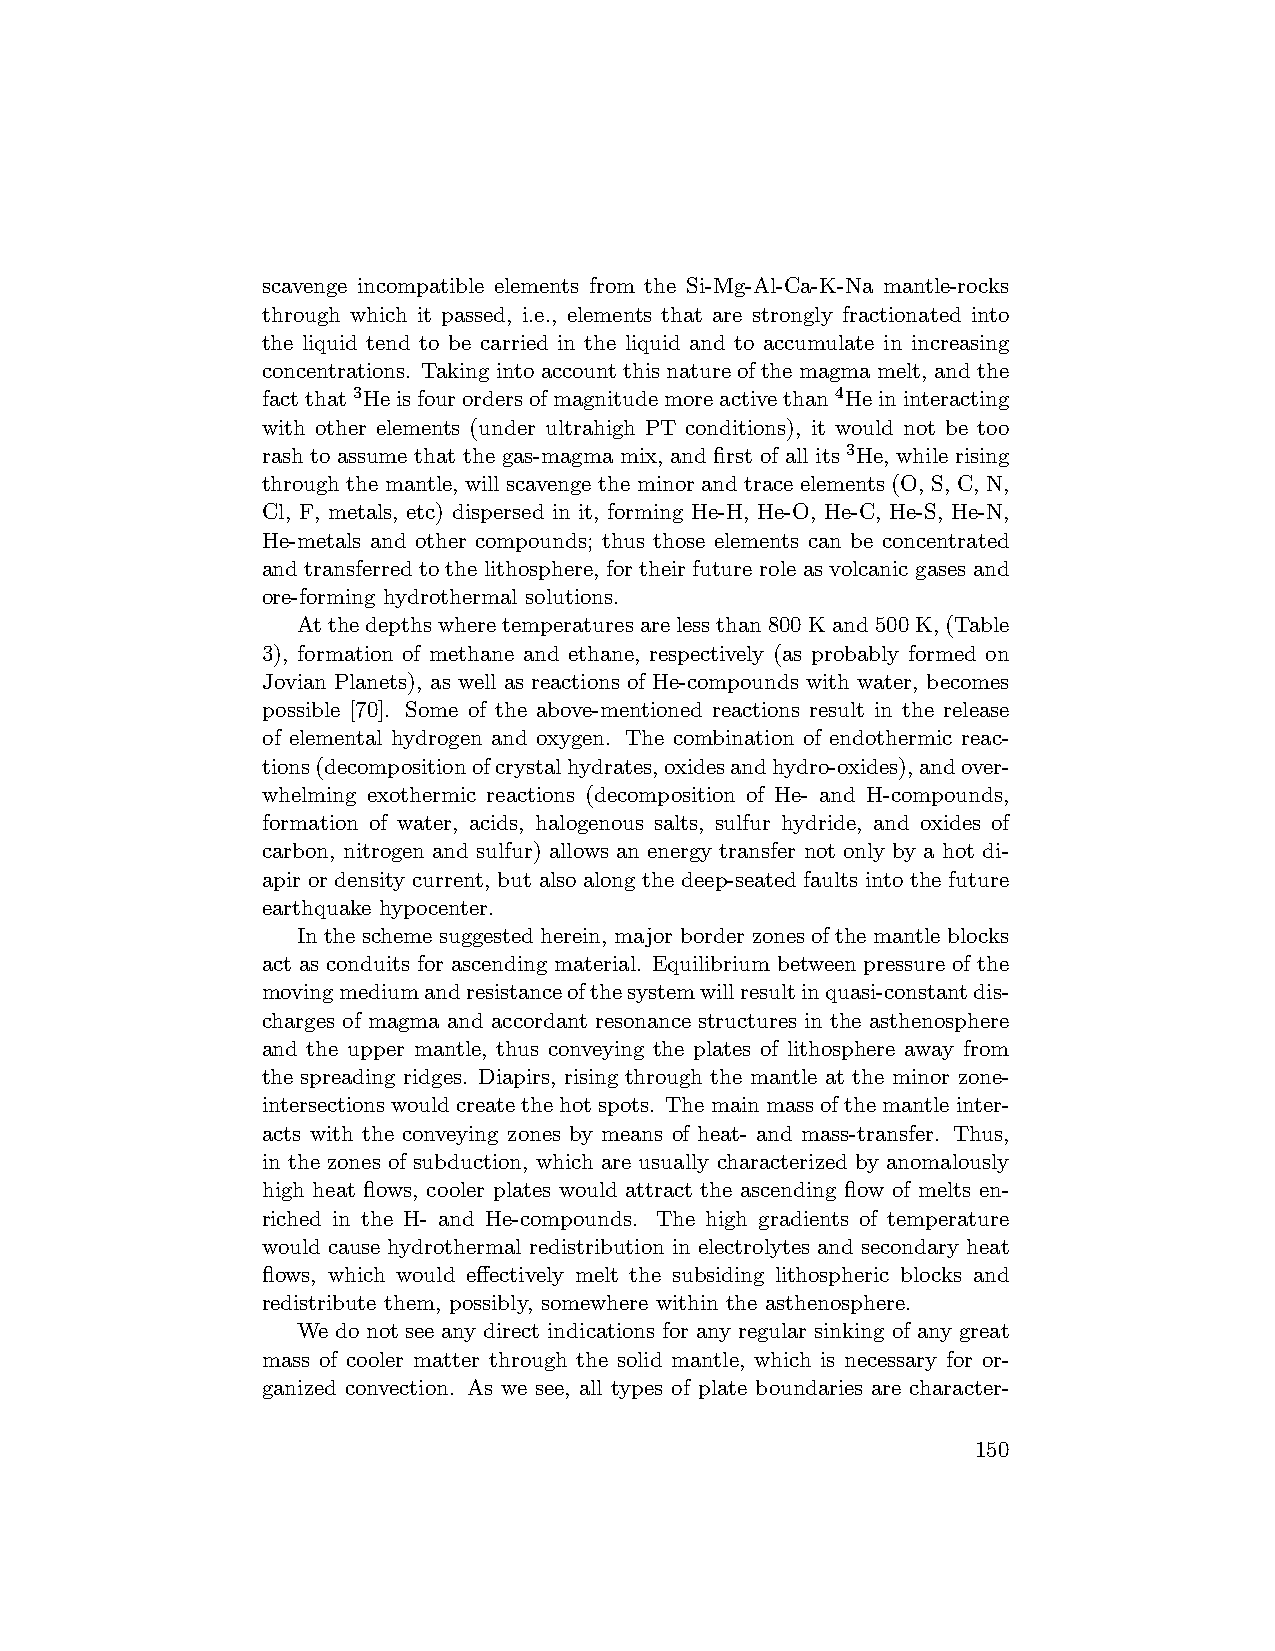
scavenge incompatible elements from the Si-Mg-Al-Ca-K-Na mantle-rocks
 through which it passed, i.e., elements that are strongly fractionated into
 the liquid tend to be carried in the liquid and to accumulate in increasing
 concentrations. Takingintoaccountthisnatureof the magmamelt, andthe
 factthat3Heisfourordersofmagnitudemoreactivethan4Heininteracting
 with other elements (under ultrahigh PT conditions), it would not be too
 rash to assume that the gas-magma mix, and first of all its 3He, while rising
 through the mantle, will scavenge the minor and trace elements (O, S, C, N,
 Cl, F, metals, etc) dispersed in it, forming He-H, He-O, He-C, He-S, He-N,
 He-metals and other compounds; thus those elements can be concentrated
 and transferred to the lithosphere, for their future role as volcanic gases and
 ore-forming hydrothermal solutions.
 Atthedepthswheretemperaturesarelessthan800Kand500K,(Table
 3), formation of methane and ethane, respectively (as probably formed on
 Jovian Planets), as well as reactions of He-compounds with water, becomes
 possible [70]. Some of the above-mentioned reactions result in the release
 of elemental hydrogen and oxygen. The combination of endothermic reac-
 tions(decompositionofcrystalhydrates,oxidesandhydro-oxides),andover-
 whelming exothermic reactions (decomposition of He- and H-compounds,
 formation of water, acids, halogenous salts, sulfur hydride, and oxides of
 carbon, nitrogen and sulfur) allows an energy transfer not only by a hot di-
 apir or density current, but also along the deep-seated faults into the future
 earthquake hypocenter.
 In the scheme suggested herein, major border zones of the mantle blocks
 act as conduits for ascending material. Equilibrium between pressure of the
 movingmediumandresistanceofthesystemwillresultinquasi-constantdis-
 charges of magma and accordant resonance structures in the asthenosphere
 and the upper mantle, thus conveying the plates of lithosphere away from
 the spreading ridges. Diapirs, rising through the mantle at the minor zone-
 intersectionswouldcreatethehotspots. Themainmassofthemantleinter-
 acts with the conveying zones by means of heat- and mass-transfer. Thus,
 in the zones of subduction, which are usually characterized by anomalously
 high heat flows, cooler plates would attract the ascending flow of melts en-
 riched in the H- and He-compounds. The high gradients of temperature
 would cause hydrothermal redistribution in electrolytes and secondary heat
 flows, which would effectively melt the subsiding lithospheric blocks and
 redistribute them, possibly, somewhere within the asthenosphere.
 We do not see any direct indications for any regular sinking of any great
 mass of cooler matter through the solid mantle, which is necessary for or-
 ganized convection. As we see, all types of plate boundaries are character-
 150